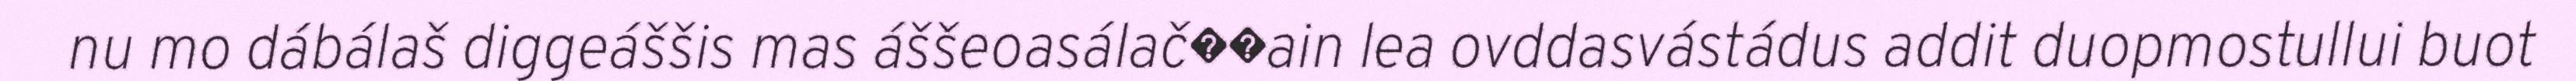
nu mo dábálaš diggeáššis mas áššeoasálač��ain lea ovddasvástádus addit duopmostullui buot